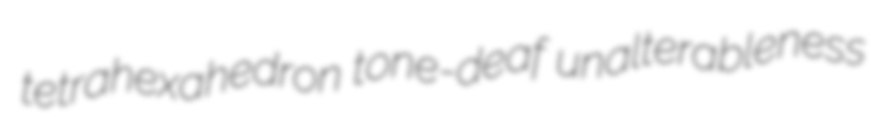
tetrahexahedron tone-deaf unalterableness